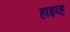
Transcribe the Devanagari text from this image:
हाइव्ह